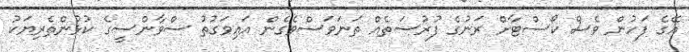
އޭގެ ފަހުން ވެސް ކޯސްޓާށް ރަނުގެ ފުރުސަތެއް ތަނަވަސްވެގެން އައިވަގުތު ސްވާންސީގެ ކުޅުންތެރިޔަކު